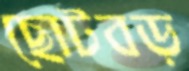
ছোটবড়